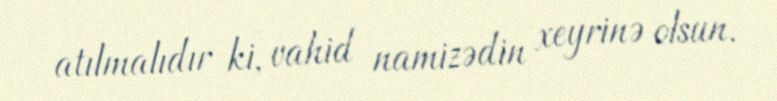
atılmalıdır ki, vahid namizədin xeyrinə olsun.